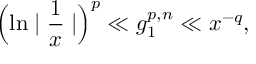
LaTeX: \Bigl ( \ln \mid { \frac { 1 } { x } } \mid \Bigr ) ^ { p } \ll g _ { 1 } ^ { p , n } \ll x ^ { - q } ,